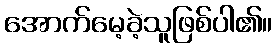
အောက်မေ့ခဲ့သူဖြစ်ပါ၏။